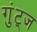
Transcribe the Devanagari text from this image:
गुंट्ज